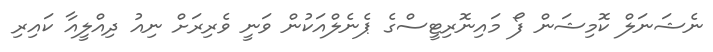
ނެޝަނަލް ކޮމިޝަން ފޯ މައިނޮރިޓީސްގެ ޕެނެލްއަކުން ވަނީ ވެރިރަށް ނިއު ދިއްލީއާ ކައިރި